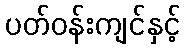
ပတ်ဝန်းကျင်နှင့်